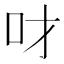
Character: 𠮹